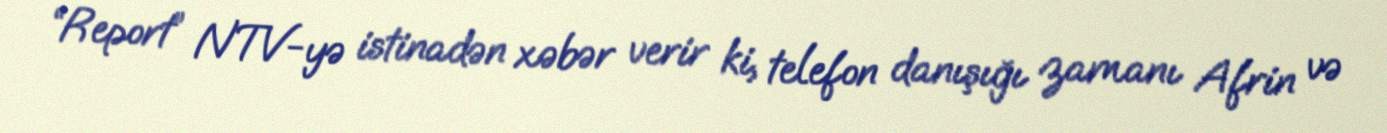
“Report” NTV-yə istinadən xəbər verir ki, telefon danışığı zamanı Afrin və